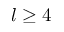
l \geq 4